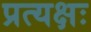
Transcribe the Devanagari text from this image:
प्रत्यक्षः